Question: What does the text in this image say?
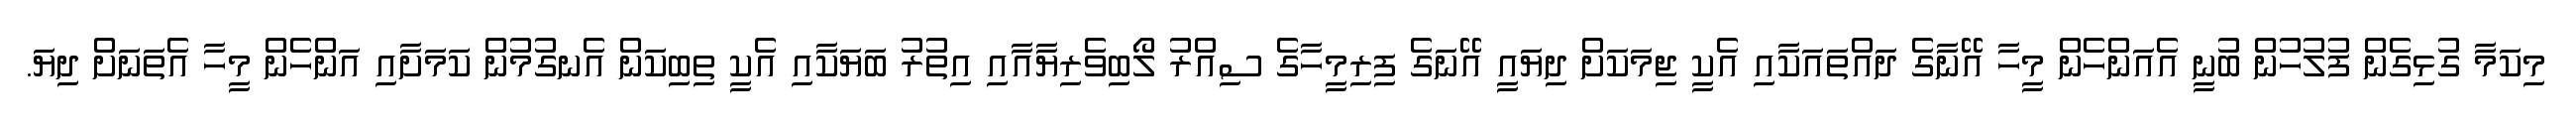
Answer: މިކަމާ ގުޅިގެން ފުލުހުން ބުނީ އެއަންހެން މީހާ އޭނާގެ ދައްތައަކާއި އެކީ ޖިމަކަށް ދިޔައީ އޭނަގެ ފިރިމީހާގެ ސިއްރު ލޯބިވެރިޔާއާއި އިތުރު ބަޔަކާއި އެކީ ތިބިކަން އެނގުމުން ކަމަށާއި އަންހެން މީހާ އެތަނަށް ދިޔަ.